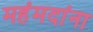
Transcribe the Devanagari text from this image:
महंमदांना